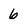
Character: 6